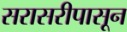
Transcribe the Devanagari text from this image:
सरासरीपासून